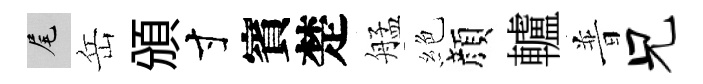
尾岳頒寸賓楚艋絶顔轤普兄